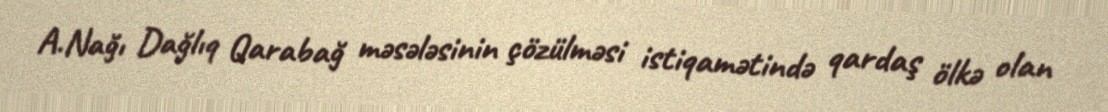
A.Nağı Dağlıq Qarabağ məsələsinin çözülməsi istiqamətində qardaş ölkə olan